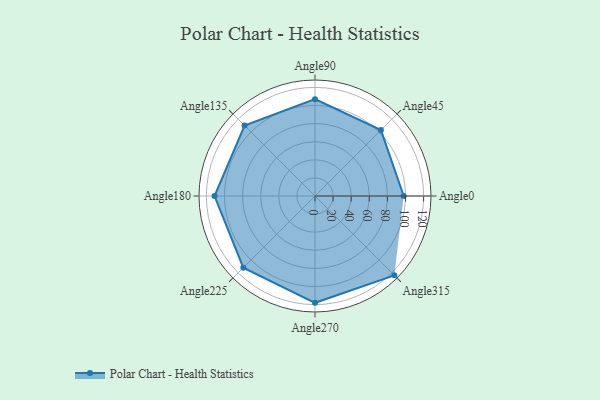
{"axis": {"x": "Angle", "y": "Radius"}, "legend": [""], "data": [{"x": "Angle0", "y": 98.0, "type": ""}, {"x": "Angle45", "y": 103.0, "type": ""}, {"x": "Angle90", "y": 107.0, "type": ""}, {"x": "Angle135", "y": 110.0, "type": ""}, {"x": "Angle180", "y": 111.0, "type": ""}, {"x": "Angle225", "y": 112.0, "type": ""}, {"x": "Angle270", "y": 118.0, "type": ""}, {"x": "Angle315", "y": 124.0, "type": ""}]}